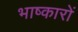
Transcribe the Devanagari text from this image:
भाष्कारों